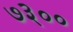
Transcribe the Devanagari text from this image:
७३००